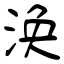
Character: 涣